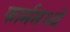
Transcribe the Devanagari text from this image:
फार्ममध्ये